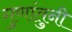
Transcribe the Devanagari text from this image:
गुणांतुनी